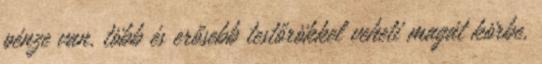
pénze van, több és erősebb testőrökkel veheti magát körbe.